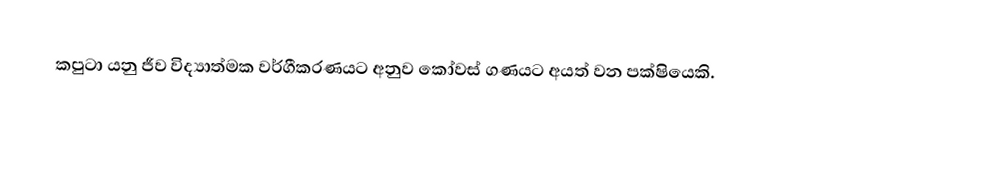
කපුටා යනු ජීව විද්‍යාත්මක වර්ගීකරණයට අනුව කෝවස් ගණයට අයත් වන පක්ෂියෙකි.